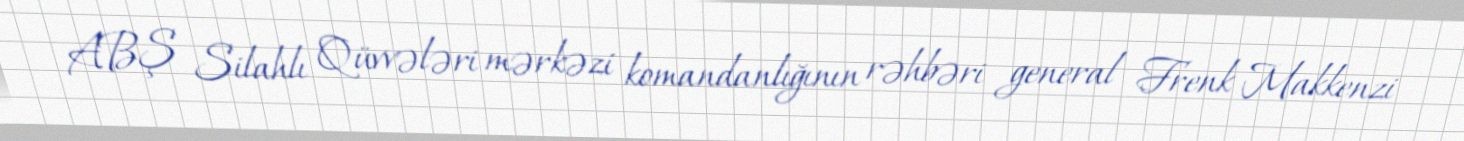
ABŞ Silahlı Qüvvələri mərkəzi komandanlığının rəhbəri general Frenk Makkenzi